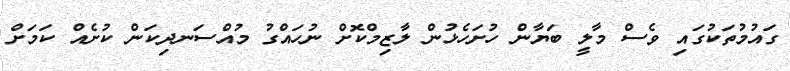
ގައުމުތަކުގައި ވެސް މާލީ ބަޔާން ހުށަހެޅުން ލާޒިމްކޮށް ނުހައްގު މުއްސަނދިކަން ކުށެއް ކަމަށް